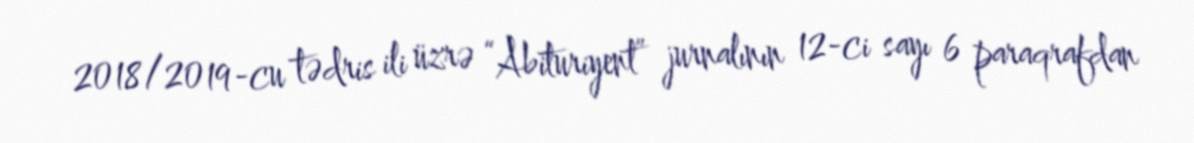
2018/2019-cu tədris ili üzrə “Abituriyent” jurnalının 12-ci sayı 6 paraqrafdan